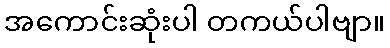
အကောင်းဆုံးပါ တကယ်ပါဗျာ။